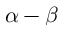
\alpha - \beta